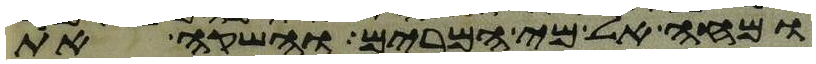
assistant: ומחה אל מי המרים והשקה את